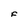
Character: F